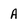
Character: A